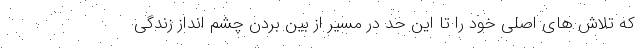
که تلاش های اصلی خود را تا این حد در مسیر از بین بردن چشم انداز زندگی